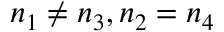
n _ { 1 } \neq n _ { 3 } , n _ { 2 } = n _ { 4 }